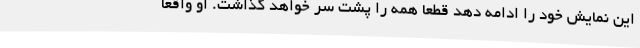
این نمایش خود را ادامه دهد قطعا همه را پشت سر خواهد گذاشت. او واقعا